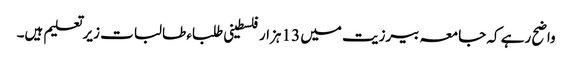
واضح رہے کہ جامعہ بیرزیت میں 13 ہزار فلسطینی طلباء طالبات زیرتعلیم ہیں۔